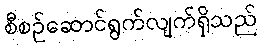
စီစဉ်ဆောင်ရွက်လျက်ရှိသည်